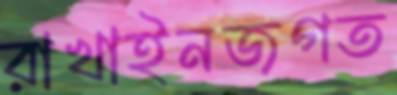
রাখাইনজগত